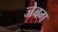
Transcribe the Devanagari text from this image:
जेबग